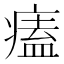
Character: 𤸱